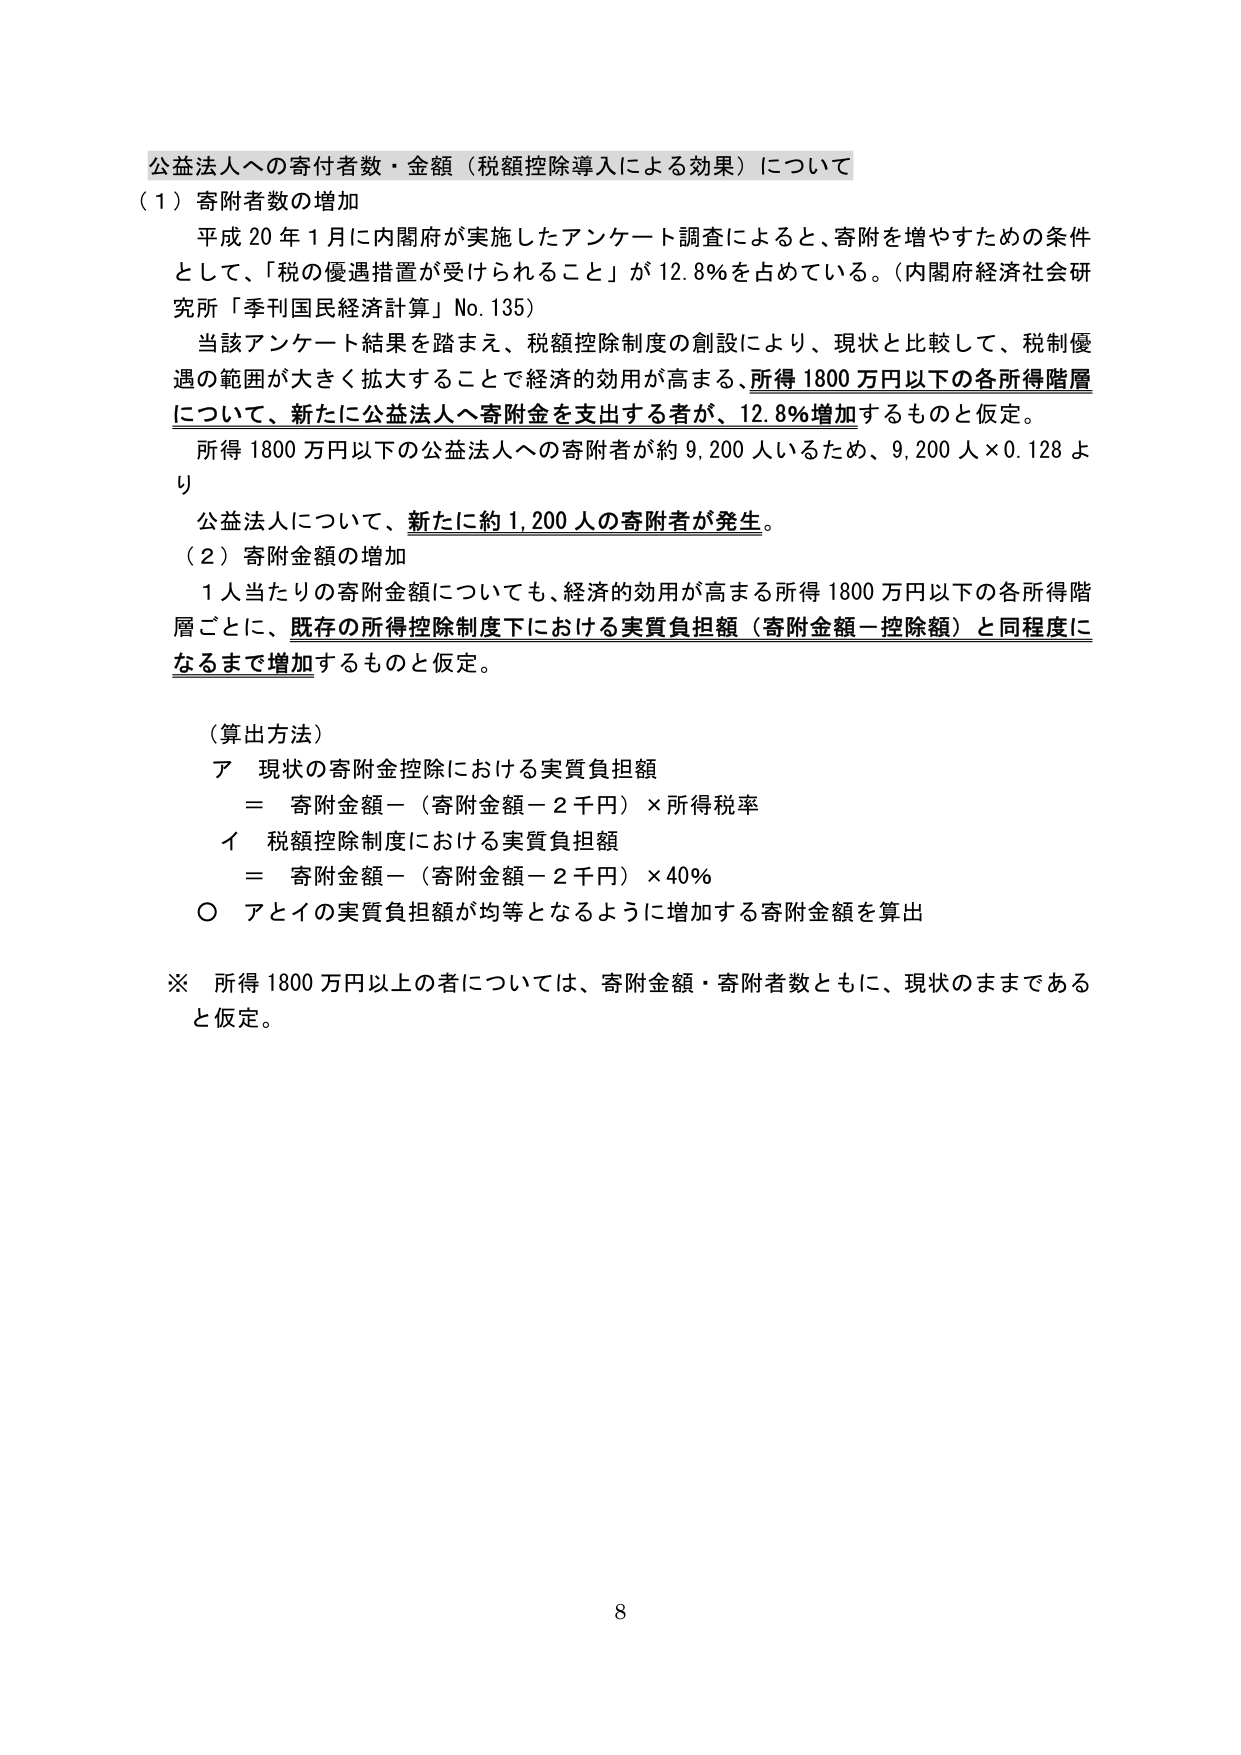
公益法人への寄附者数・金額（税額控除導入による効果）について
（１）寄附者数の増加
　平成20年1月に内閣府が実施したアンケート調査によると、寄附を増やすための条件として、「税の優遇措置が受けられること」が12.8％を占めている。（内閣府経済社会研究所「季刊国民経済計算」No.135）
　当該アンケート結果を踏まえ、税額控除制度の創設により、現状と比較して、税制優遇の範囲が大きく拡大することで経済的効用が高まる、所得1800万円以下の各所得階層について、新たに公益法人へ寄附金を支出する者が、12.8％増加するものと仮定。
　所得1800万円以下の公益法人への寄附者が約9,200人いるため、9,200人×0.128より
　公益法人について、新たに約1,200人の寄附者が発生。
（２）寄附金額の増加
　1人当たりの寄附金額についても、経済的効用が高まる所得1800万円以下の各所得階層ごとに、既存の所得控除制度下における実質負担額（寄附金額－控除額）と同程度になるまで増加するものと仮定。

（算出方法）
　ア　現状の寄附金控除における実質負担額
　　　＝　寄附金額－（寄附金額－2千円）×所得税率
　イ　税額控除制度における実質負担額
　　　＝　寄附金額－（寄附金額－2千円）×40％
　○　アとイの実質負担額が均等となるように増加する寄附金額を算出

※　所得1800万円以上の者については、寄附金額・寄附者数ともに、現状のままであると仮定。

8